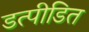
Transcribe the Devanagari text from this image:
डत्पीडित